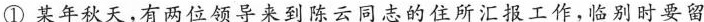
①某年秋天，有两位领导来到陈云同志的住所汇报工作，临别时要留